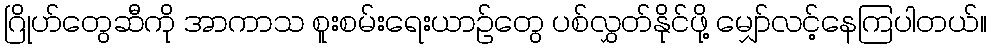
ဂြိုဟ်တွေဆီကို အာကာသ စူးစမ်းရေးယာဉ်တွေ ပစ်လွှတ်နိုင်ဖို့ မျှော်လင့်နေကြပါတယ်။